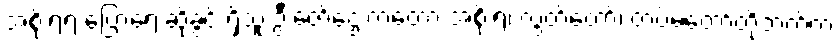
အစိုးရရဲ့ ပြောရေးဆိုခွင့် ရှိသူ ဦးဇော်ဌေးကတော့ အစိုးရ၊ လွှတ်တော်၊ တပ်မတော်တို့ဘက်က